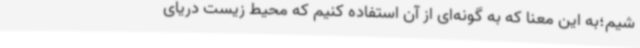
شیم؛به این معنا که به گونه‌ای از آن استفاده کنیم که محیط زیست دریای